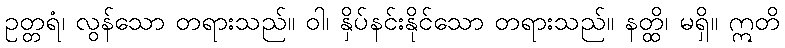
ဥတ္တရံ၊ လွန်သော တရားသည်။ ဝါ၊ နှိပ်နင်းနိုင်သော တရားသည်။ နတ္ထိ၊ မရှိ။ ဣတိ